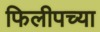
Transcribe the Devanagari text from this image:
फिलीपच्या